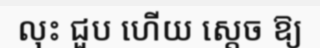
លុះ ជួប ហើយ ស្តេច ឱ្យ